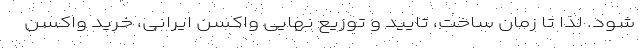
شود. لذا تا زمان ساخت، تایید و توزیع نهایی واکسن ایرانی، خرید واکسن